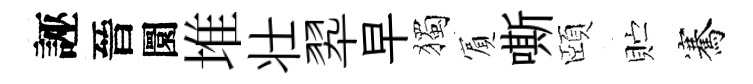
誣晉圜堆壮翆早獨賔嘶頤贮騫